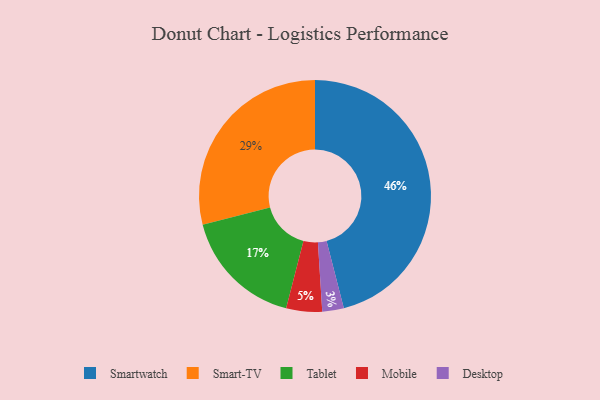
{"axis": {"x": "Category", "y": "Percentage"}, "legend": ["Desktop", "Mobile", "Smart-TV", "Smartwatch", "Tablet"], "data": [{"x": "Mobile", "y": 5, "type": "Mobile"}, {"x": "Smartwatch", "y": 46, "type": "Smartwatch"}, {"x": "Desktop", "y": 3, "type": "Desktop"}, {"x": "Smart-TV", "y": 29, "type": "Smart-TV"}, {"x": "Tablet", "y": 17, "type": "Tablet"}]}